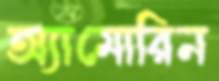
অ্যামোরিন